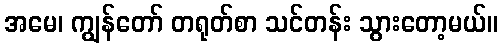
အမေ၊ ကျွန်တော် တရုတ်စာ သင်တန်း သွားတော့မယ်။